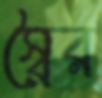
স্বৈর